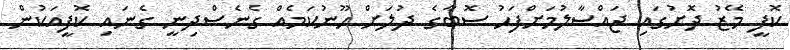
ކޮފީ މޭޒު ދޮށުގައި ޖައްސާލުމަށްފަހު ސޮބާގެ ދުލަށް ހޫނުކަމެއް ގެނެސްދިނީ ގެނައި ކޮފީއަކުން